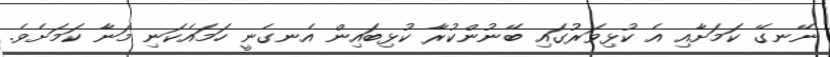
ނޭނގޭ ކަމަށާއި އެ ކުޅިވަރުގައި ބޭނުންކުރާ ކުޅިބައިން އެނގެނީ ހަމައެކަނި މަނާ ކަމަށެވެ.